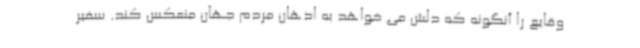
وقایع را آنگونه که دلش می خواهد به اذهان مردم جهان منعکس کند. سفیر